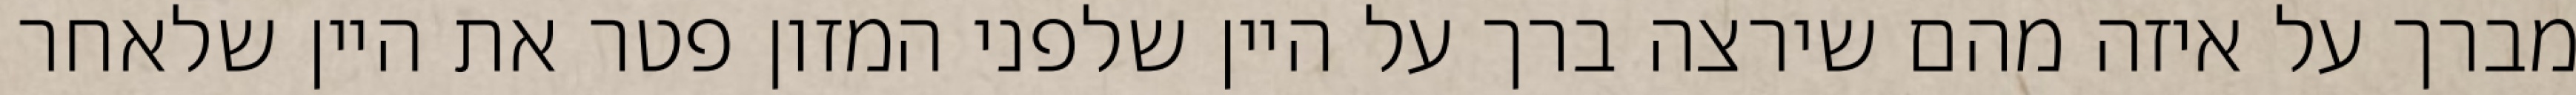
מברך על איזה מהם שירצה ברך על היין שלפני המזון פטר את היין שלאחר